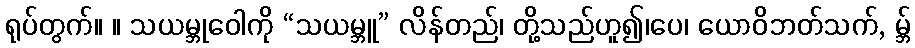
ရုပ်တွက်။ ။ သယမ္ဘုဝေါကို “သယမ္ဘူ” လိန်တည်၊ တို့သည်ဟူ၍၊ပေ၊ ယောဝိဘတ်သက်, မ္ဘ်